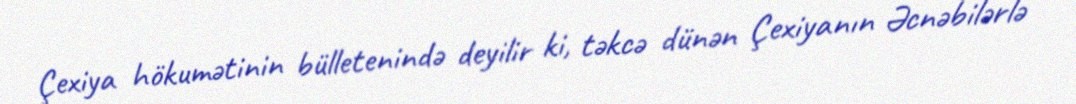
Çexiya hökumətinin bülletenində deyilir ki, təkcə dünən Çexiyanın Əcnəbilərlə